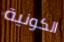
الكونية